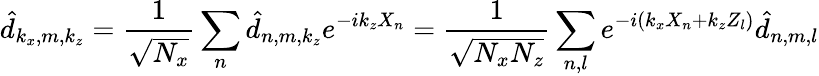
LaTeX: \hat{d}_{k_{x},m,k_{z}}=\frac{1}{\sqrt{N_{x}}}\sum_{n}\hat{d}_{n,m,k_{z}}e^{-ik_{z}X_{n}}=\frac{1}{\sqrt{N_{x}N_{z}}}\sum_{n,l}e^{-i(k_{x}X_{n}+k_{z}Z_{l})}\hat{d}_{n,m,l}